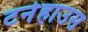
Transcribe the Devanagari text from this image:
टर्नहाउस